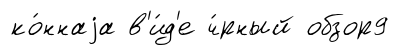
ко́ннаjа в'и́д'е ч́рный обзор9